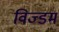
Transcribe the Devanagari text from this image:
विज्डम